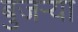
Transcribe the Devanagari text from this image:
बुजऱ्या